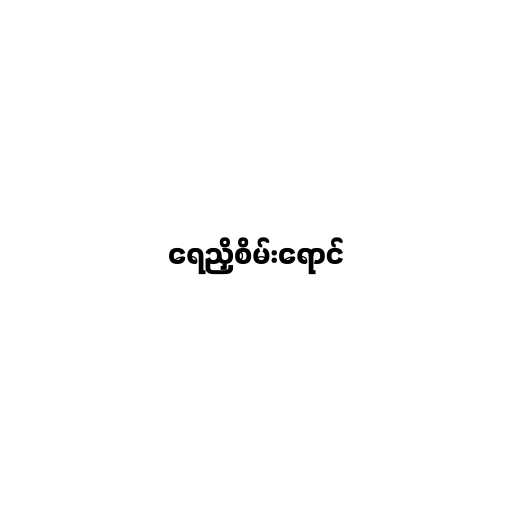
ရေညှိစိမ်းရောင်